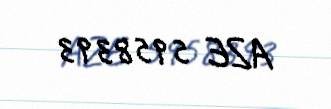
AZE 5958393